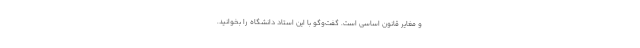
و مغایر قانون اساسی است. گفت‌وگو با این استاد دانشگاه را بخوانید.